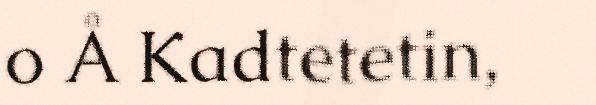
o Å Kadtetetin,